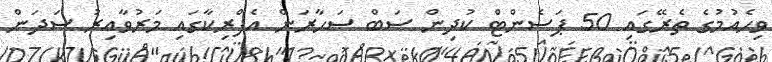
ވިހެއުމުގެ ތެރޭގައި 50 ޕަސެންޓް ކުދިން ސަބް ސަހާރަން އެފްރިކާގައި މަރުވާއިރު ސަދަން